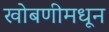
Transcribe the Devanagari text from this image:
खोबणीमधून